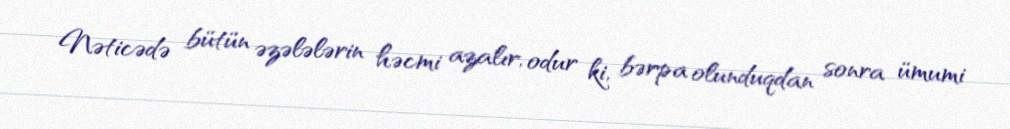
Nəticədə bütün əzələlərin həcmi azalır, odur ki, bərpa olunduqdan sonra ümumi